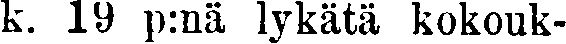
k. 19 p:nä lykätä kokouk-